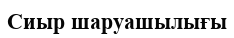
Сиыр шаруашылығы